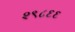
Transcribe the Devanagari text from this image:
२९८६६